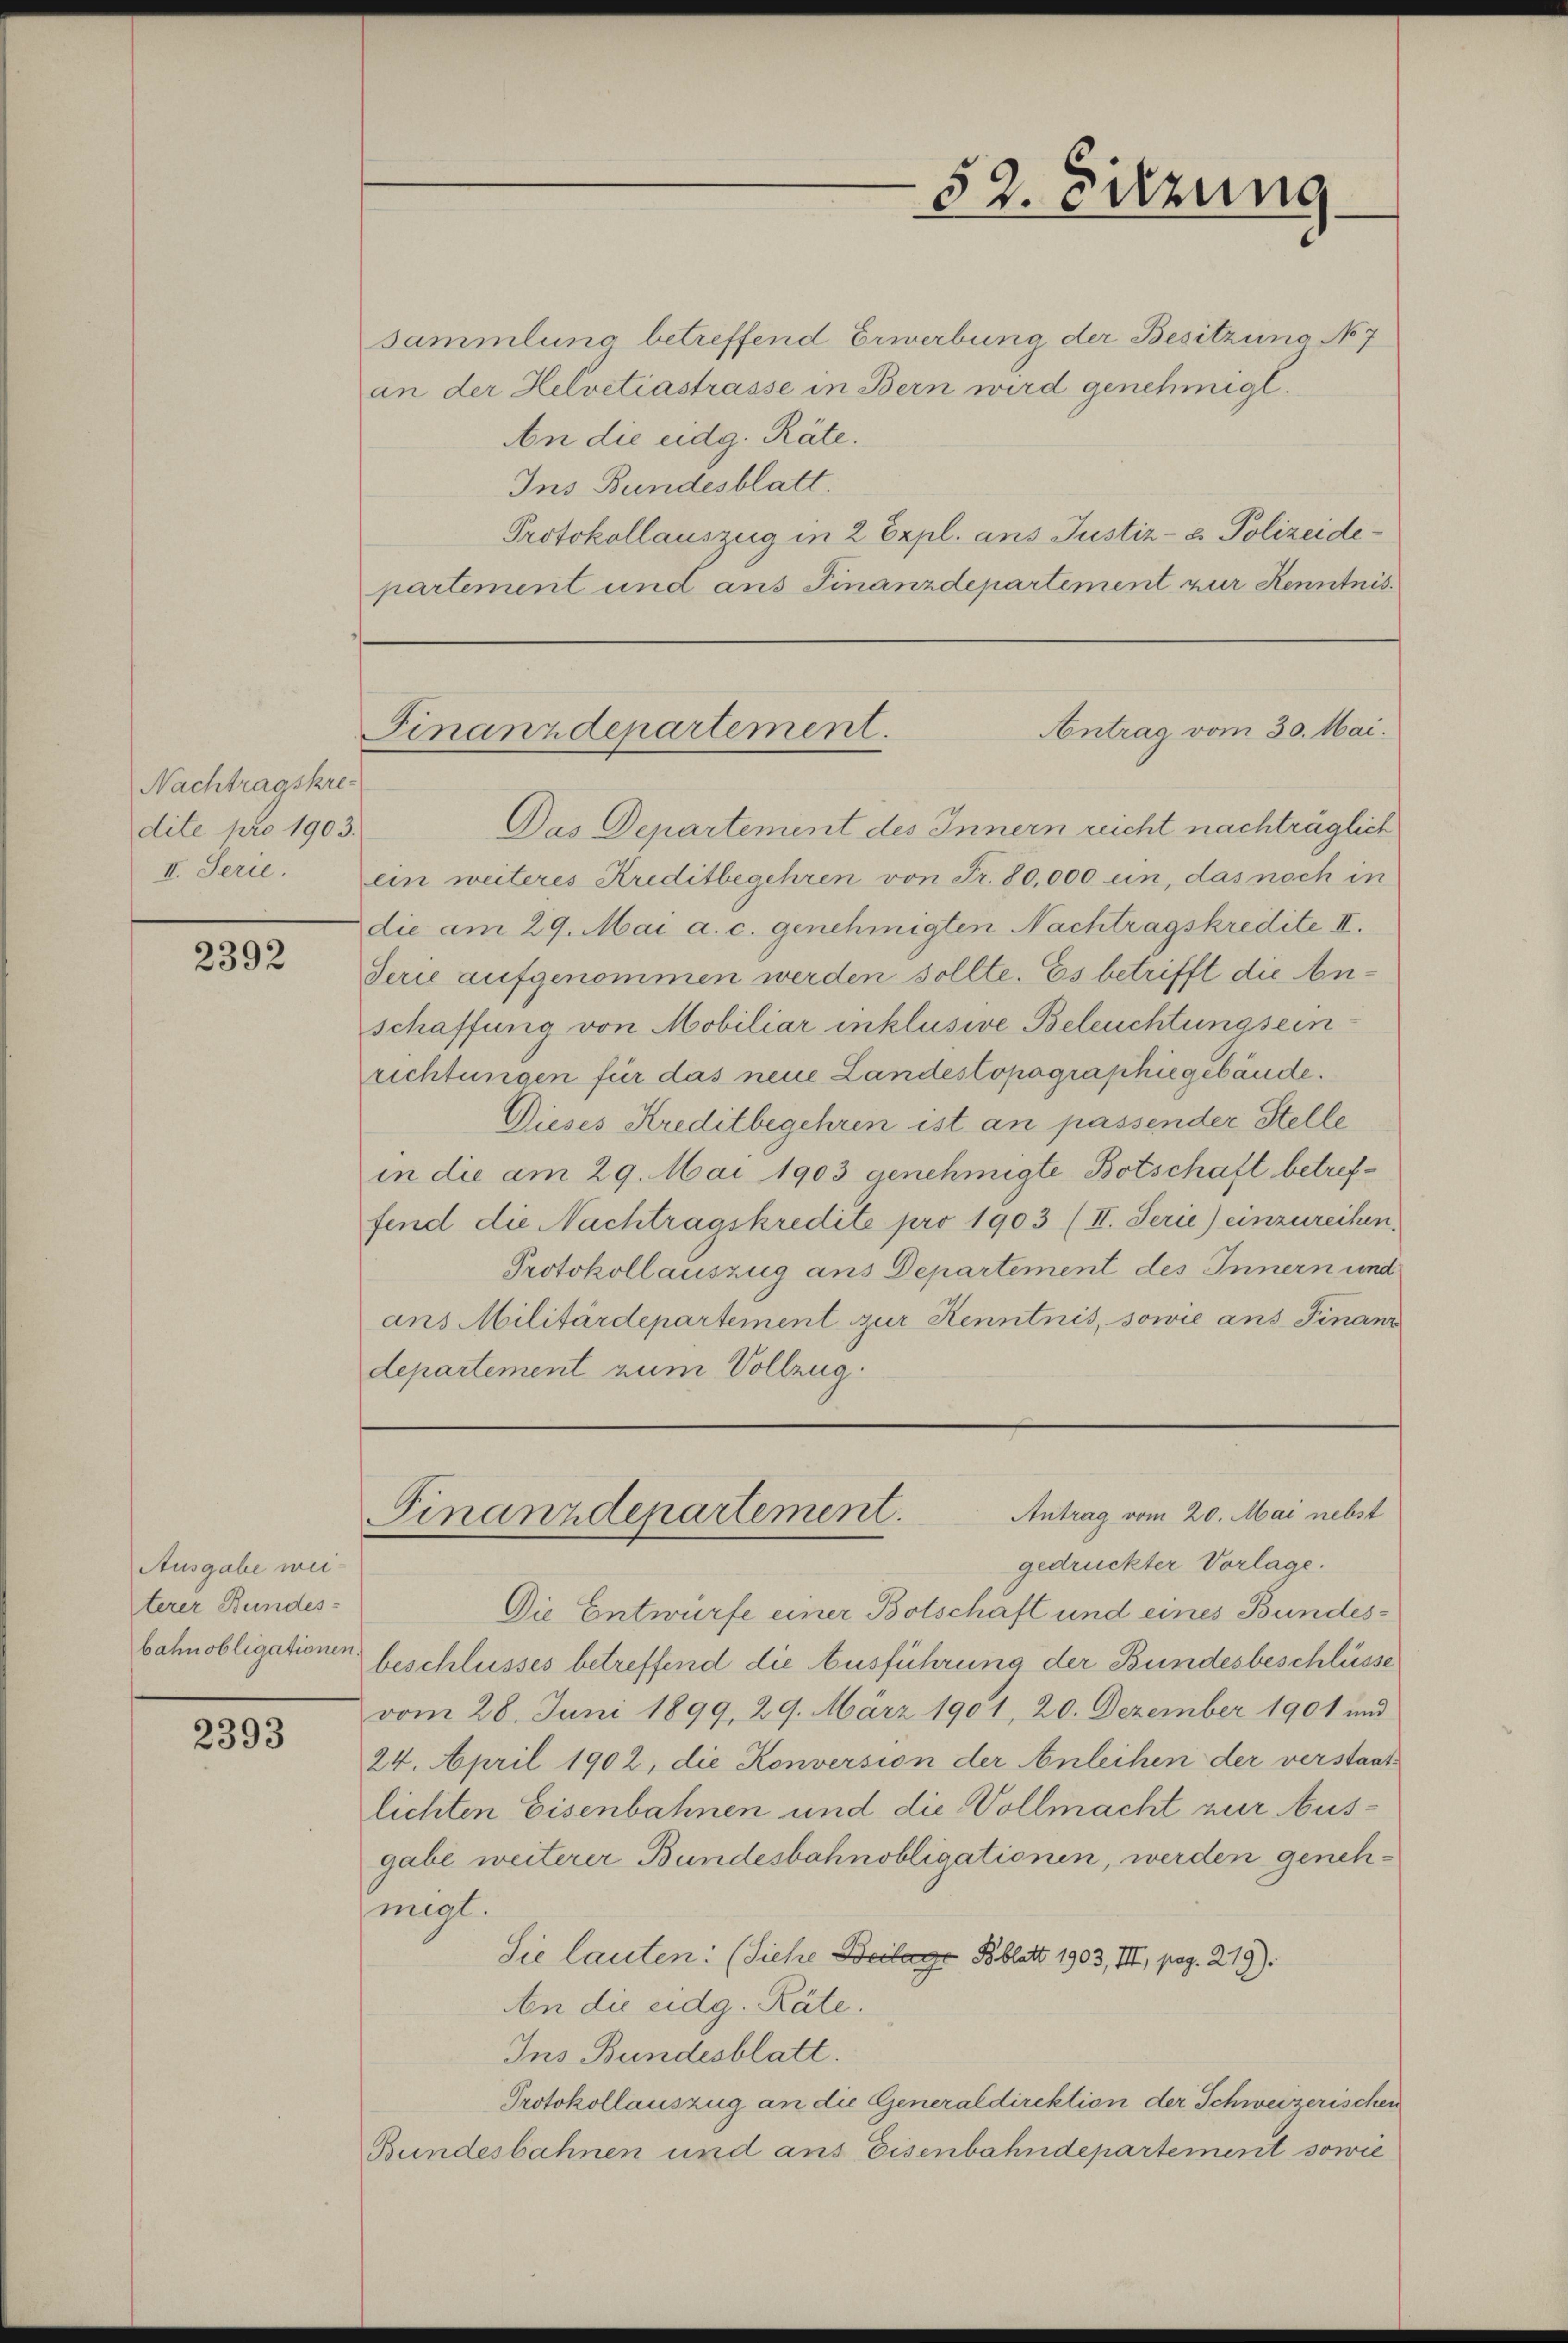
Nachtragskre
dite pro 1903.
II. Serie.

2392

Ausgabe weiterer Bundes-
bahnobligationen

2393

sammlung betreffend Erwerbung der Besitzung No 7
an der Helvetiastrasse in Bern wird genehmigt.
An die eidg. Räte.
Ins Bundesblatt.
Protokollauszug in 2 Expl. ans Justiz- & Polizeidepartement und aus Finanzdepartement zur Kenntnis¬
Antrag vom 30. Mai.
Das Departement des Innern reicht nachträglich
ein weiteres Kreditbegehren von Fr. 80,000 un, das noch in
die am 29. Mai a. c. genehmigten Nachtragskredite II.
Serie aufgenommen werden sollte. Es betrifft die Anschaffung von Mobiliar inklusive Beleuchtung sein
richtungen für das neue Landestopagraphiegebäude.
Dieses Kreditbegehren ist an passender Stelle
in die am 29. Mai 1903 genehmigte Botschaft betreffend die Nachtragskredite pro 1903 (II. Serie) einzureihen.
Protokollauszug aus Departement des Innern und
ans Militärdepartement zur Kenntnis, sowie ans Finanz
departement zum Vollzug.

Finanzdepartement.

52. Sitzung

Antrag vom 20. Mai nebst
Finanzdepartement.

gedruckter Vorlage.
Die Entwürfe einer Botschaft und eines Bundesbeschlusses betreffend die Ausführung der Bundesbeschlüsse
vom 28. Juni 1899, 29. März 1901, 20. Dezember 1901 und
24. April 1902, die Konversion der Anleihen der verstaatlichten Eisenbahnen und die Vollmacht zur Ausgabe weiterer Bundesbahnobligationen, werden genehmigt.
Sie lauten: (Siehe Beilage Bblatt 1903, III, pag. 219).
An die eidg. Räte.
Ins Bundesblatt.
Protokollauszug an die Generaldirektion der Schweizerischen
Bundesbahnen und ans Eisenbahndepartement sowie